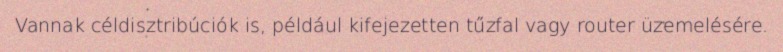
Vannak céldisztribúciók is, például kifejezetten tűzfal vagy router üzemelésére.